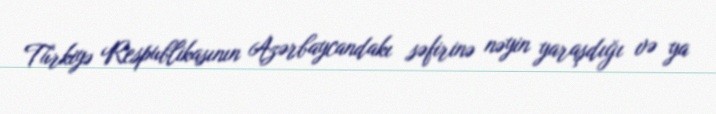
Türkiyə Respublikasının Azərbaycandakı səfirinə nəyin yaraşdığı və ya